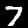
Label: 7